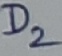
Text: D2